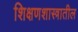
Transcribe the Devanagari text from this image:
शिक्षणशास्त्रातील